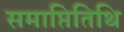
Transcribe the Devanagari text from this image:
समाप्तितिथि